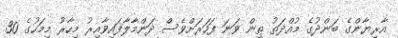
އާރިޔާންގެ ބަންދުގެ މުއްދަތު ތިން ވަނަ ފަހަރަށްވެސް ދަންމާލާފައިވާއިރު މިހާރު މިމަހުގެ 30